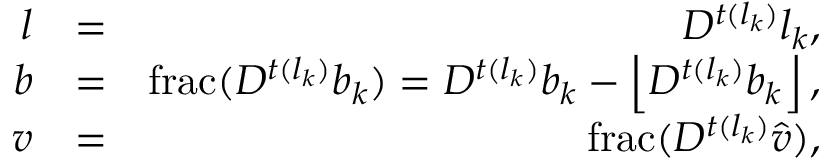
\begin{array} { r l r } { l } & { = } & { D ^ { t ( l _ { k } ) } l _ { k } , } \\ { b } & { = } & { \mathrm { f r a c } ( D ^ { t ( l _ { k } ) } b _ { k } ) = D ^ { t ( l _ { k } ) } b _ { k } - \left\lfloor D ^ { t ( l _ { k } ) } b _ { k } \right\rfloor , } \\ { v } & { = } & { \mathrm { f r a c } ( D ^ { t ( l _ { k } ) } \hat { v } ) , } \end{array}